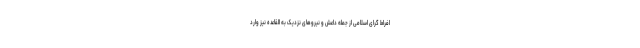
افراط گرای اسلامی از جمله داعش و نیروهای نزدیک به القاعده نیز وارد